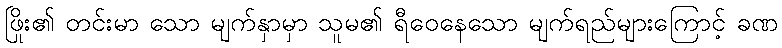
ဖြိုး၏ တင်းမာ သော မျက်နှာမှာ သူမ၏ ရီဝေနေသော မျက်ရည်များကြောင့် ခဏ